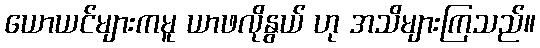
ယောယင်များကမူ ယာဖလိုနွယ် ဟု အသိများကြသည်။